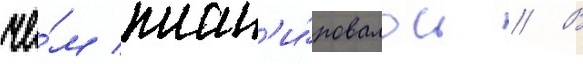
че́м план'и́ровалось // В